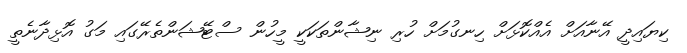
ކިޔައިދީ އޭނާއަށް އެއްކޮޅަށް ހިނގުމަށް ހުރި ނިޝާންތަކަކީ މީހުން ސްޓޭޝަންތެރޭގައި މަގު އޮޅިދާނެތީ